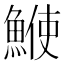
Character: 𩸲